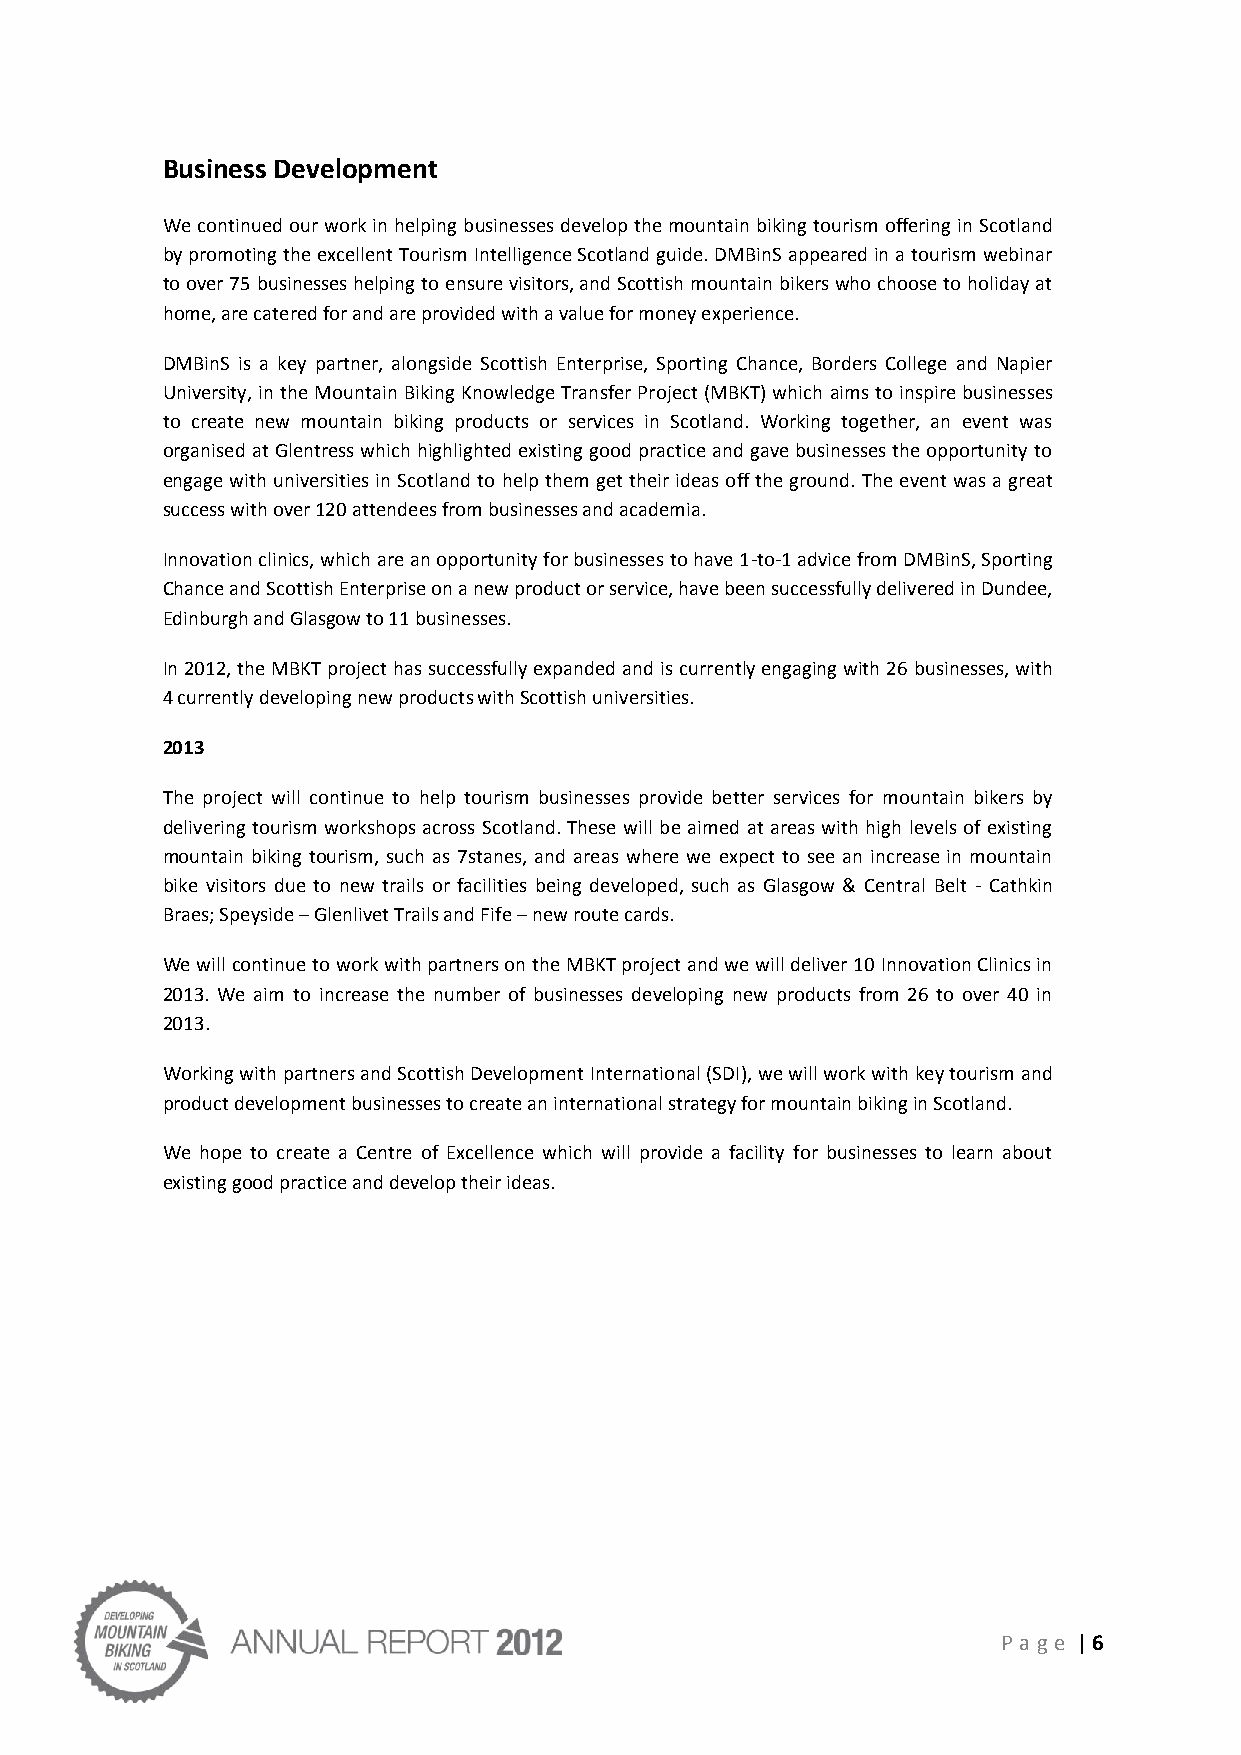
Business Development
 We continued our work in helping businesses develop the mountain biking tourism offering in Scotland
 by promoting the excellent Tourism Intelligence Scotland guide. DMBinS appeared in a tourism webinar
 to over 75 businesses helping to ensure visitors, and Scottish mountain bikers who choose to holiday at
 home, are catered for and are provided with a value for money experience.
 DMBinS is a key partner, alongside Scottish Enterprise, Sporting Chance, Borders College and Napier
 University, in the Mountain Biking Knowledge Transfer Project (MBKT) which aims to inspire businesses
 to create new mountain biking products or services in Scotland. Working together, an event was
 organised at Glentress which highlighted existing good practice and gave businesses the opportunity to
 engage with universities in Scotland to help them get their ideas off the ground. The event was a great
 success with over 120 attendees from businesses and academia.
 Innovation clinics, which are an opportunity for businesses to have 1-to-1 advice from DMBinS, Sporting
 Chance and Scottish Enterprise on a new product or service, have been successfully delivered in Dundee,
 Edinburgh and Glasgow to 11 businesses.
 In 2012, the MBKT project has successfully expanded and is currently engaging with 26 businesses, with
 4 currently developing new products with Scottish universities.
 2013
 The project will continue to help tourism businesses provide better services for mountain bikers by
 delivering tourism workshops across Scotland. These will be aimed at areas with high levels of existing
 mountain biking tourism, such as 7stanes, and areas where we expect to see an increase in mountain
 bike visitors due to new trails or facilities being developed, such as Glasgow & Central Belt - Cathkin
 Braes; Speyside – Glenlivet Trails and Fife – new route cards.
 We will continue to work with partners on the MBKT project and we will deliver 10 Innovation Clinics in
 2013. We aim to increase the number of businesses developing new products from 26 to over 40 in
 2013.
 Working with partners and Scottish Development International (SDI), we will work with key tourism and
 product development businesses to create an international strategy for mountain biking in Scotland.
 We hope to create a Centre of Excellence which will provide a facility for businesses to learn about
 existing good practice and develop their ideas.
 P age | 6